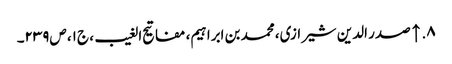
۸. ↑ صدر الدین شیرازی، محمد بن ابراہیم‌، مفاتیح الغیب، ج‌۱، ص‌۲۳۹۔